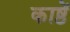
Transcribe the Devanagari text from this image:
काष्ठें